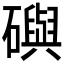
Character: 礖